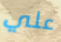
علي